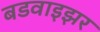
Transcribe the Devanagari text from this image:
बडवाइझर